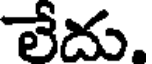
లేదు.